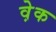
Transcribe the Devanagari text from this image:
व़ेक